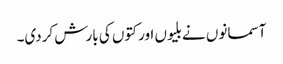
آسمانوں نے بلیوں اور کتوں کی بارش کردی۔